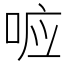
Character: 𭈉